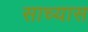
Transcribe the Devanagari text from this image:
साच्यास